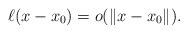
LaTeX: \begin{align*}\ell(x-x_{0})=o(\|x-x_{0}\|).\end{align*}